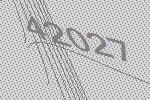
42027